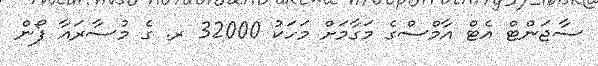
ސާޖަންޓް އެޓް އާމްސްގެ މަގާމަށް މަހަކު 32000 ރ. ގެ މުސާރައާ ފޯން